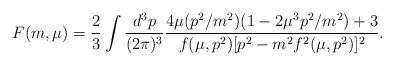
LaTeX: \begin{align*}F(m, \mu)=\frac{2}{3} \int\frac{d^3p}{(2\pi)^3}\frac{4\mu(p^2/m^2)(1-2\mu^3p^2/m^2)+3}{f(\mu,p^2)[p^2-m^2f^2(\mu,p^2)]^2}.\end{align*}